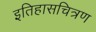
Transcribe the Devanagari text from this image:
इतिहासचित्रण